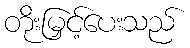
တိုးမြှင့်ပေးသည်